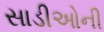
સાડીઓની